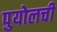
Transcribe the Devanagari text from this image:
पुयोलची